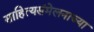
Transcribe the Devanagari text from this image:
साहित्यसंमेलनाच्या